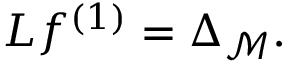
L f ^ { ( 1 ) } = \Delta _ { \mathcal { M } } .